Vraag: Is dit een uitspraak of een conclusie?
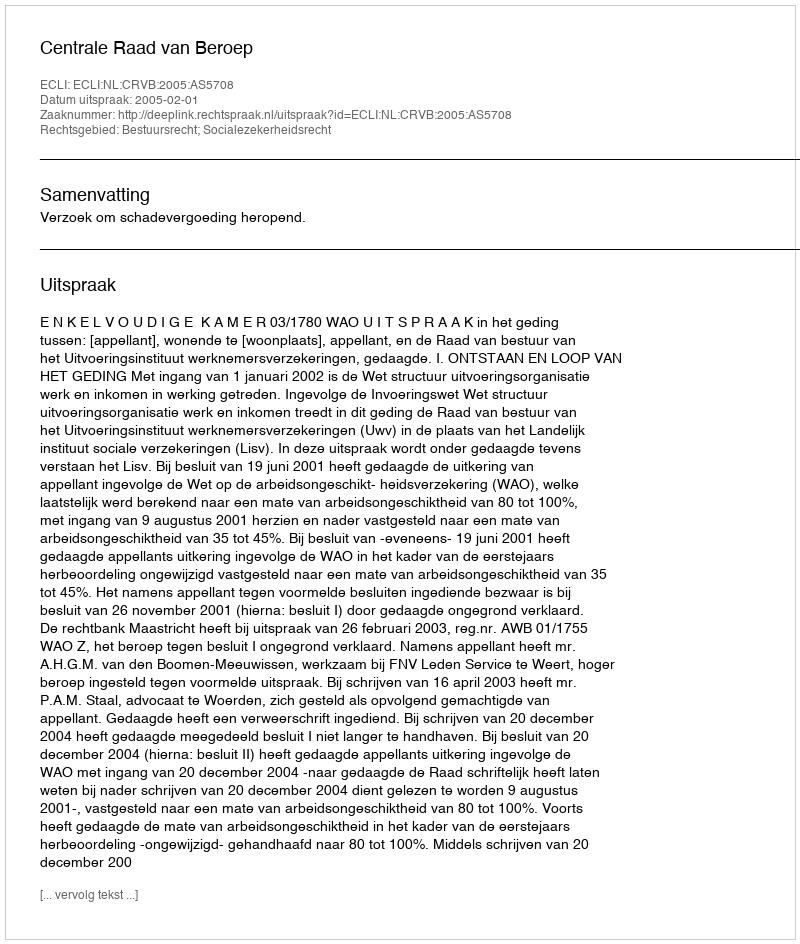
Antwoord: Uitspraak